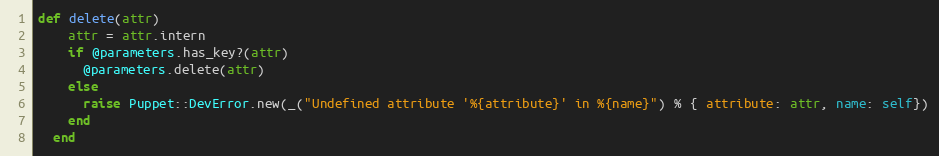
Language: Ruby
def delete(attr)
    attr = attr.intern
    if @parameters.has_key?(attr)
      @parameters.delete(attr)
    else
      raise Puppet::DevError.new(_("Undefined attribute '%{attribute}' in %{name}") % { attribute: attr, name: self})
    end
  end